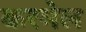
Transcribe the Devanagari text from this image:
करमेल